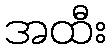
အထီး